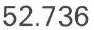
52.736